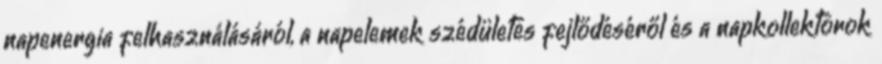
napenergia felhasználásáról, a napelemek szédületes fejlődéséről és a napkollektorok